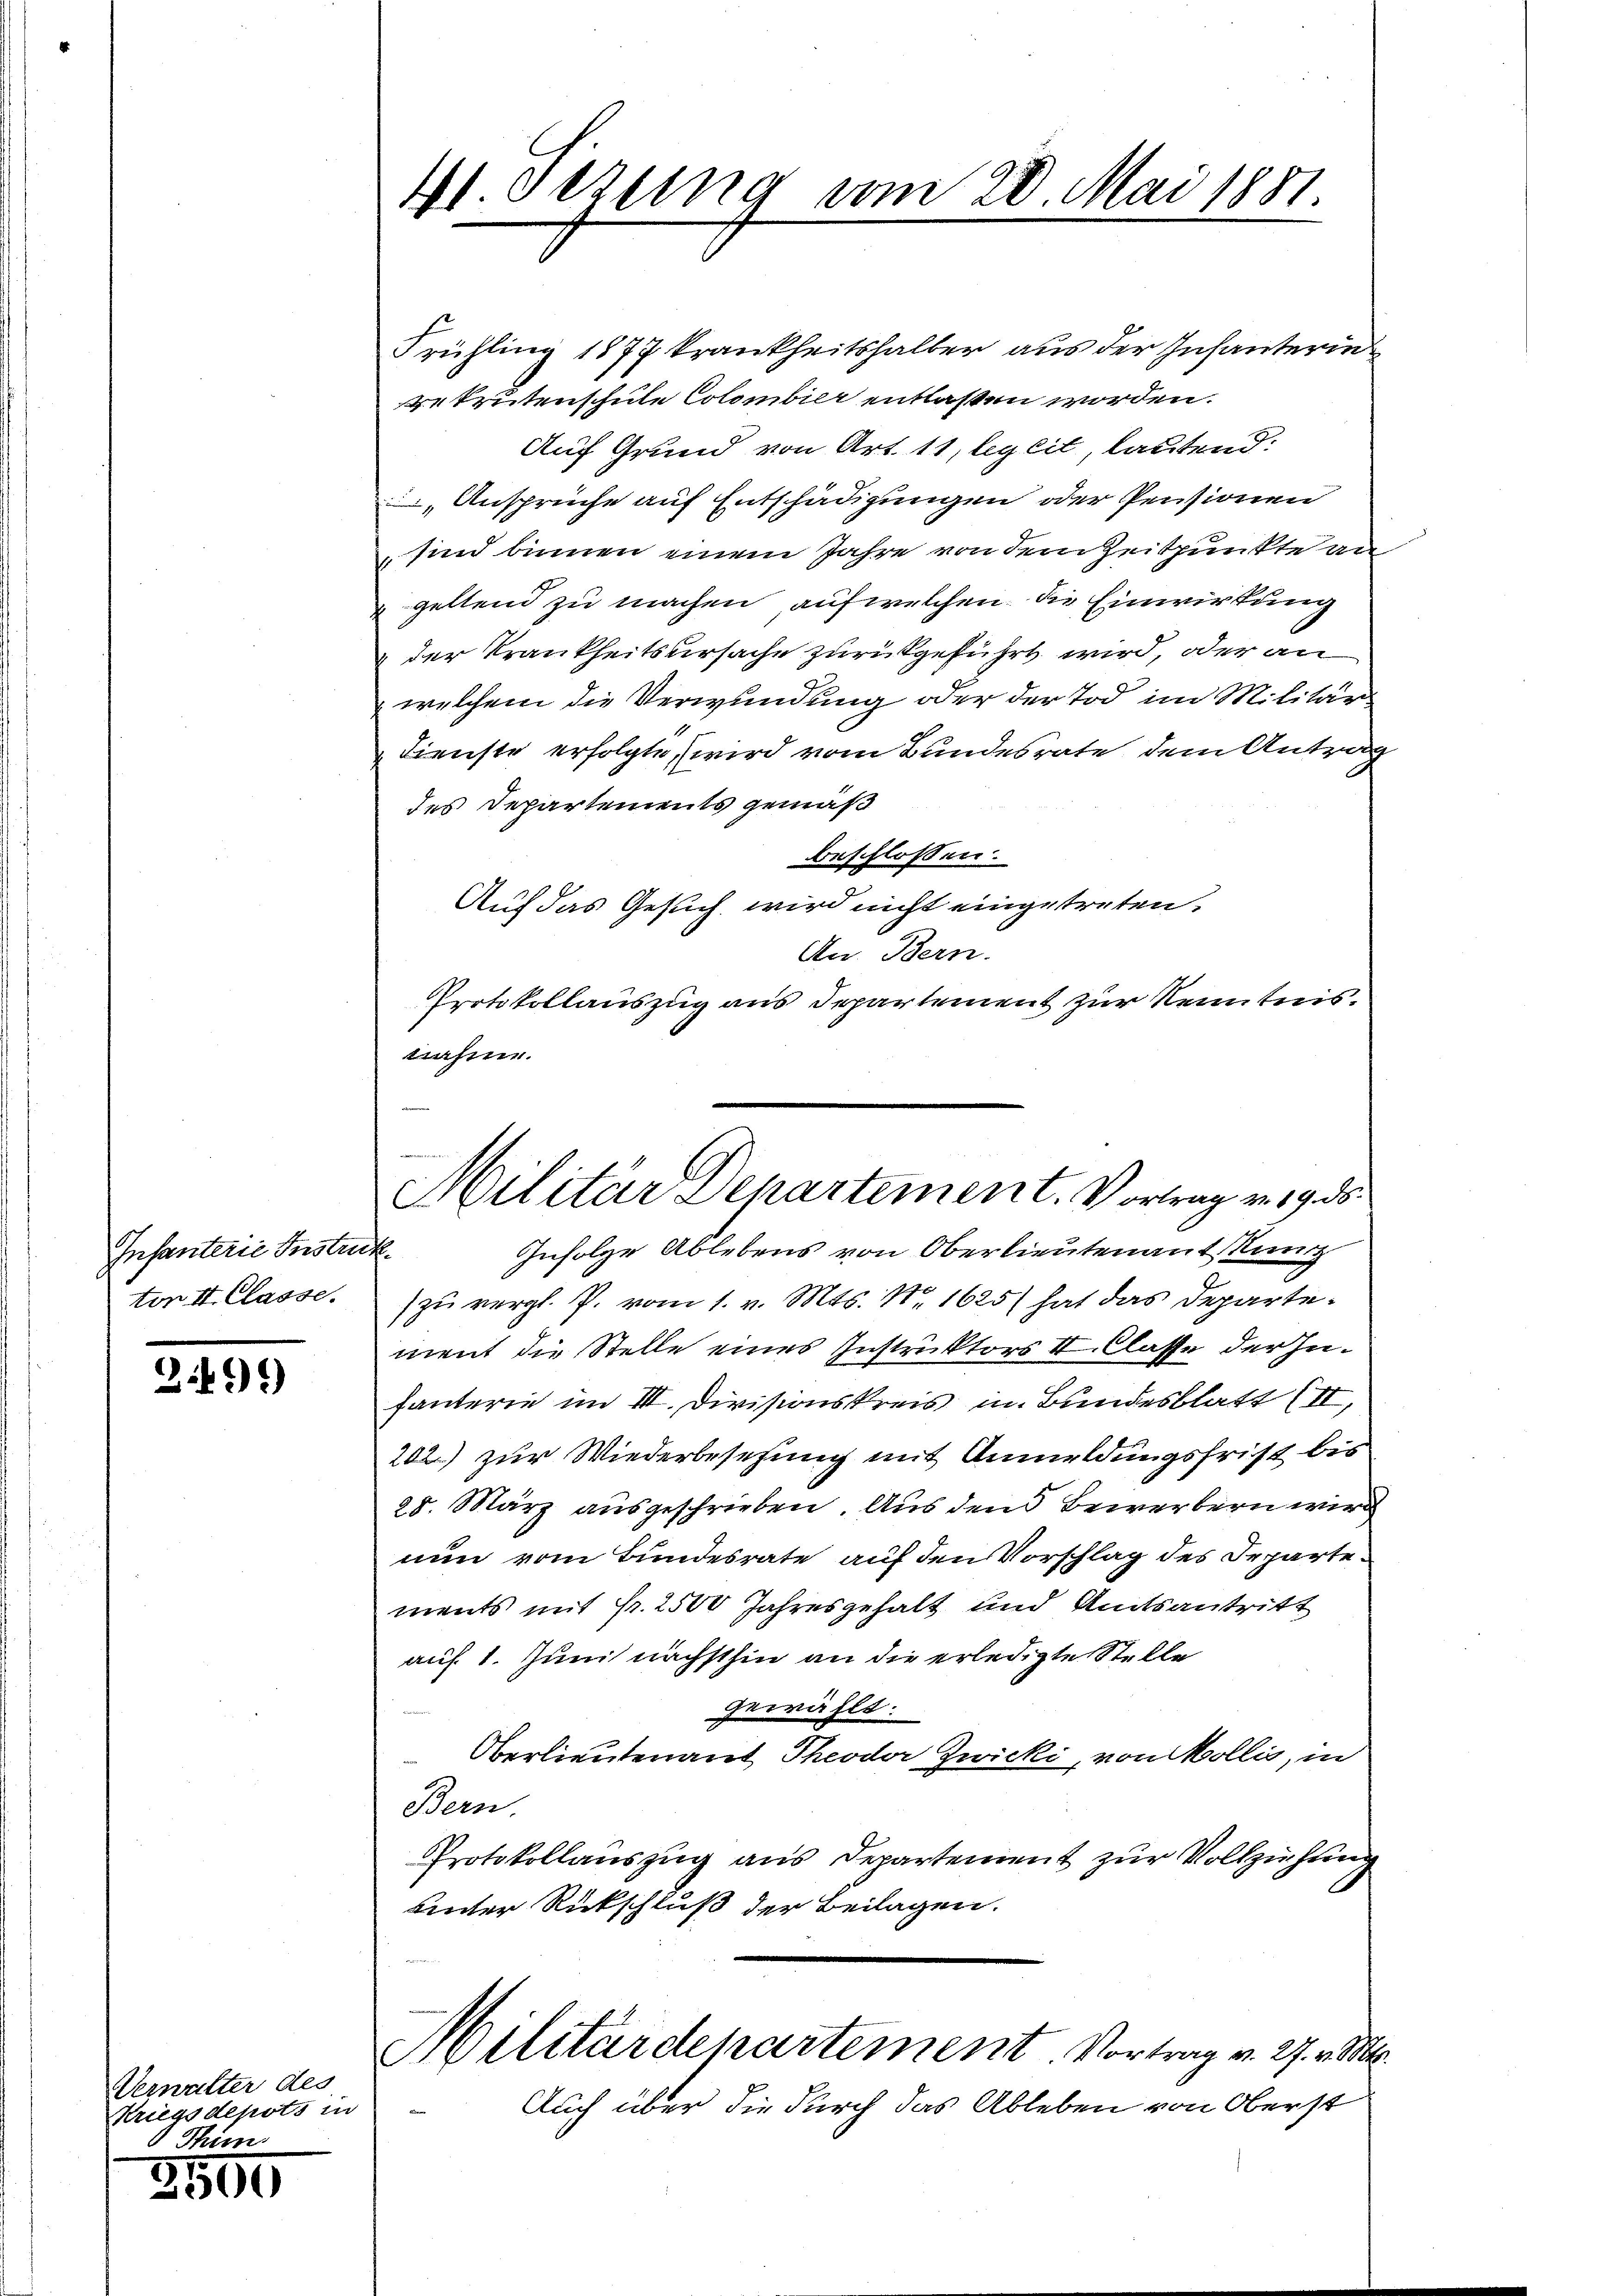
Infanterie Instru
tor II. Classe.

39)

Verwalter des
Kriegsdepots in
Thim

2500

41. Sezung vom 20 Mai 1881

Frühling 1877 krankheitshalber aus der Infanterin
 Peutenschule Colombier entlaßen worden.
Auf Grund von Art. 11, legeit, lautend:
 Ansprüche auf Entschädigungen oder Pensionen
sind binnen einem Jahre von dem Zeitpunkte an
 geltend zu machen, auf welchen, die Einwirkung
der Krankheitsursache zurückgeführt wird, oder an
welchem die Verwundung oder der Tod im Militär
Dienste erfolgte, wird vom Bundesrate, dem Antrag
des Departements gemäß
beschlossen:
Auf das Gesuch wird nicht eingetreten.
An. Bern.
Protokollauszug aus Departement zur Kenntnis.
nahme.
Infolge Ablebens von Oberlieutenant Kanz
i
zu vergl. P. vom 1. v. Mts. Nr. 1625) hat das Departement die Stelle eines Instruktors II. Classe der Infanterie im III. Divisionskreis in Bundesblatt II,
202) zur Wiederbesetzung mit Anmeldungsfrist bis
28. März ausgeschrieben. Aus den Bewerbern wird
nun vom Bundesrate auf den Vorschlag des Irpartements mit Fr. 2500 Jahresgehalt und Amtsantritt
auf 1. Juni nächsthin an die erledigte Stelle
gewählt:
Oberlieutenant Theodor Zwicki, von Mollis, in
Bern
Protokollauszug aus Departement zur Vollziehung
unter Rückschluß der Beilagen.
Militärdepartement Vortrag v. 27. v. Mts.
Auch über die durch das Ableben von Oberst

Militär Departement. Vortrag v. 19. ds.